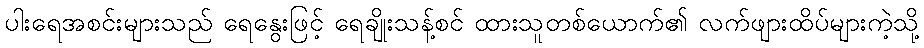
ပါးရေအစင်းများသည် ရေနွေးဖြင့် ရေချိုးသန့်စင် ထားသူတစ်ယောက်၏ လက်ဖျားထိပ်များကဲ့သို့